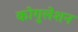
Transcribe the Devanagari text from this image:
कोगुलेशन